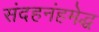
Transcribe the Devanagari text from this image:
संदहनंहमेद्ध